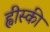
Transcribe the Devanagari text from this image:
ह्वीस्की